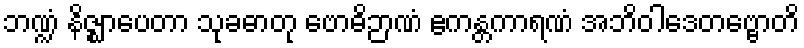
ဘဏ္ဍံ နိဇ္ဈာပေတာ သုခဓာတု ဗောဓိဉာဏံ ဧကန္တကာရဏံ အဘိဝါဒေတဗ္ဗောတိ